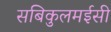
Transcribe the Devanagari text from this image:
सबिकुलमईसी